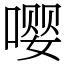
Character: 嘤